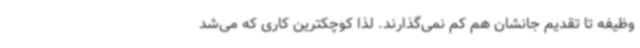
وظیفه تا تقدیم جانشان هم کم نمی‌گذارند. لذا کوچکترین کاری که می‌شد